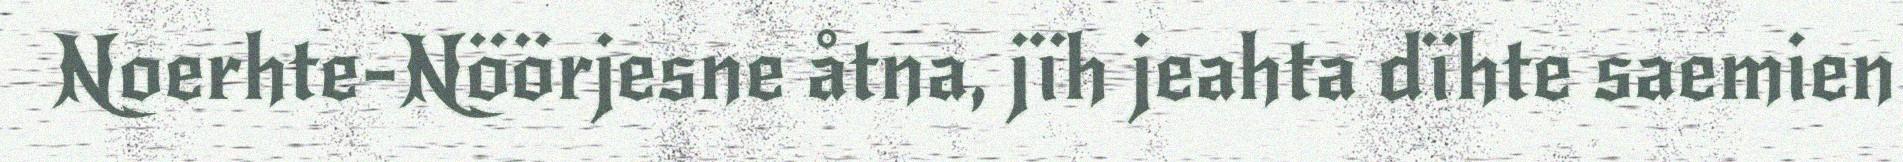
Noerhte-Nöörjesne åtna, jïh jeahta dïhte saemien